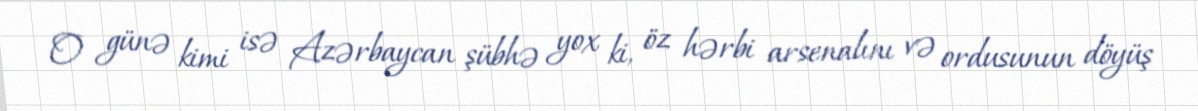
O günə kimi isə Azərbaycan şübhə yox ki, öz hərbi arsenalını və ordusunun döyüş